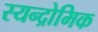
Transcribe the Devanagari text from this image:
स्यन्द्रोमिक